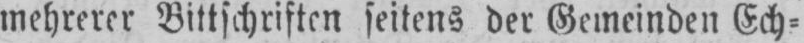
mehrerer Bittschriften seitens der Gemeinden Ech⸗